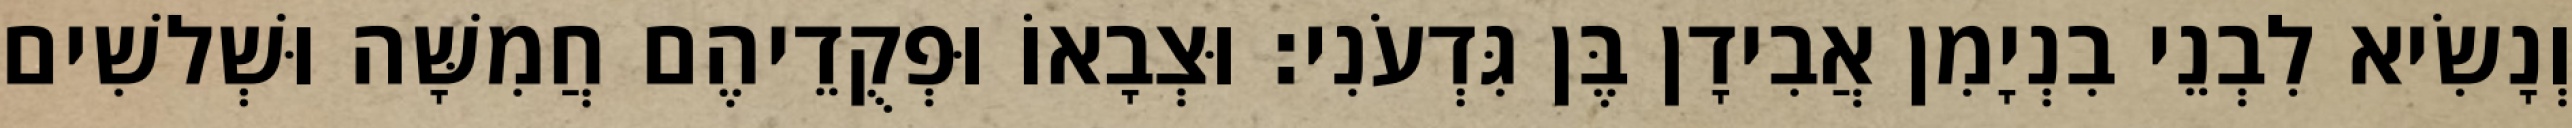
וְנָשִׂיא לִבְנֵי בִנְיָמִן אֲבִידָן בֶּן גִּדְעֹנִי׃ וּצְבָאוֹ וּפְקֻדֵיהֶם חֲמִשָּׁה וּשְׁלשִׁים